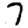
Digit: 7